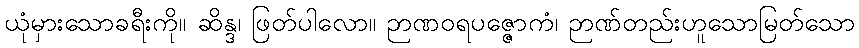
ယုံမှားသောခရီးကို။ ဆိန္ဒ၊ ဖြတ်ပါလော။ ဉာဏဝရပဇ္ဇောကံ၊ ဉာဏ်တည်းဟူသောမြတ်သော